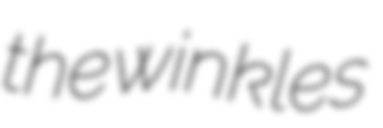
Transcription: the winkles